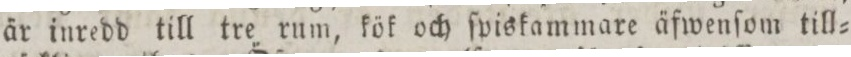
är inredd till tre rum, kök och ſpiskammare äfwenſom till=